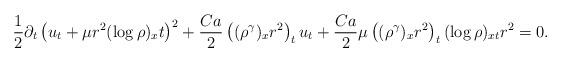
LaTeX: \begin{align*}\frac{1}{2}\partial_t\left(u_t+\mu r^2(\log\rho)_xt\right)^2+\frac{Ca}{2}\left((\rho^\gamma)_xr^2\right)_tu_t+\frac{Ca}{2}\mu\left((\rho^\gamma)_xr^2\right)_t(\log\rho)_{xt}r^2=0.\end{align*}